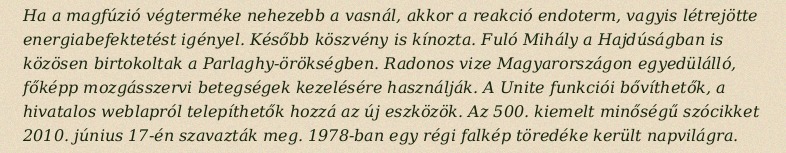
Ha a magfúzió végterméke nehezebb a vasnál, akkor a reakció endoterm, vagyis létrejötte energiabefektetést igényel. Később köszvény is kínozta. Fuló Mihály a Hajdúságban is közösen birtokoltak a Parlaghy-örökségben. Radonos vize Magyarországon egyedülálló, főképp mozgásszervi betegségek kezelésére használják. A Unite funkciói bővíthetők, a hivatalos weblapról telepíthetők hozzá az új eszközök. Az 500. kiemelt minőségű szócikket 2010. június 17-én szavazták meg. 1978-ban egy régi falkép töredéke került napvilágra.